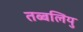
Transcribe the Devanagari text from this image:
तब्बलियु